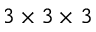
3 \times 3 \times 3